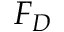
F _ { D }